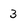
Character: 3